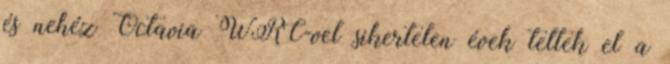
és nehéz Octavia WRC-vel sikertelen évek teltek el a